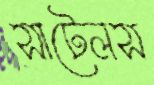
সাটেলস